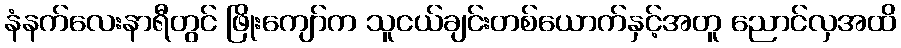
နံနက်လေးနာရီတွင် ဖြိုးကျော်က သူငယ်ချင်းတစ်ယောက်နှင့်အတူ ညောင်လှအထိ